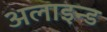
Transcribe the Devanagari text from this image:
अलाइन्ड